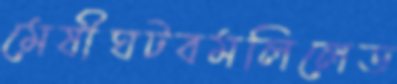
মেষীঘটবমলিলেড